EELK_Kaarma_kogudus, lk 24
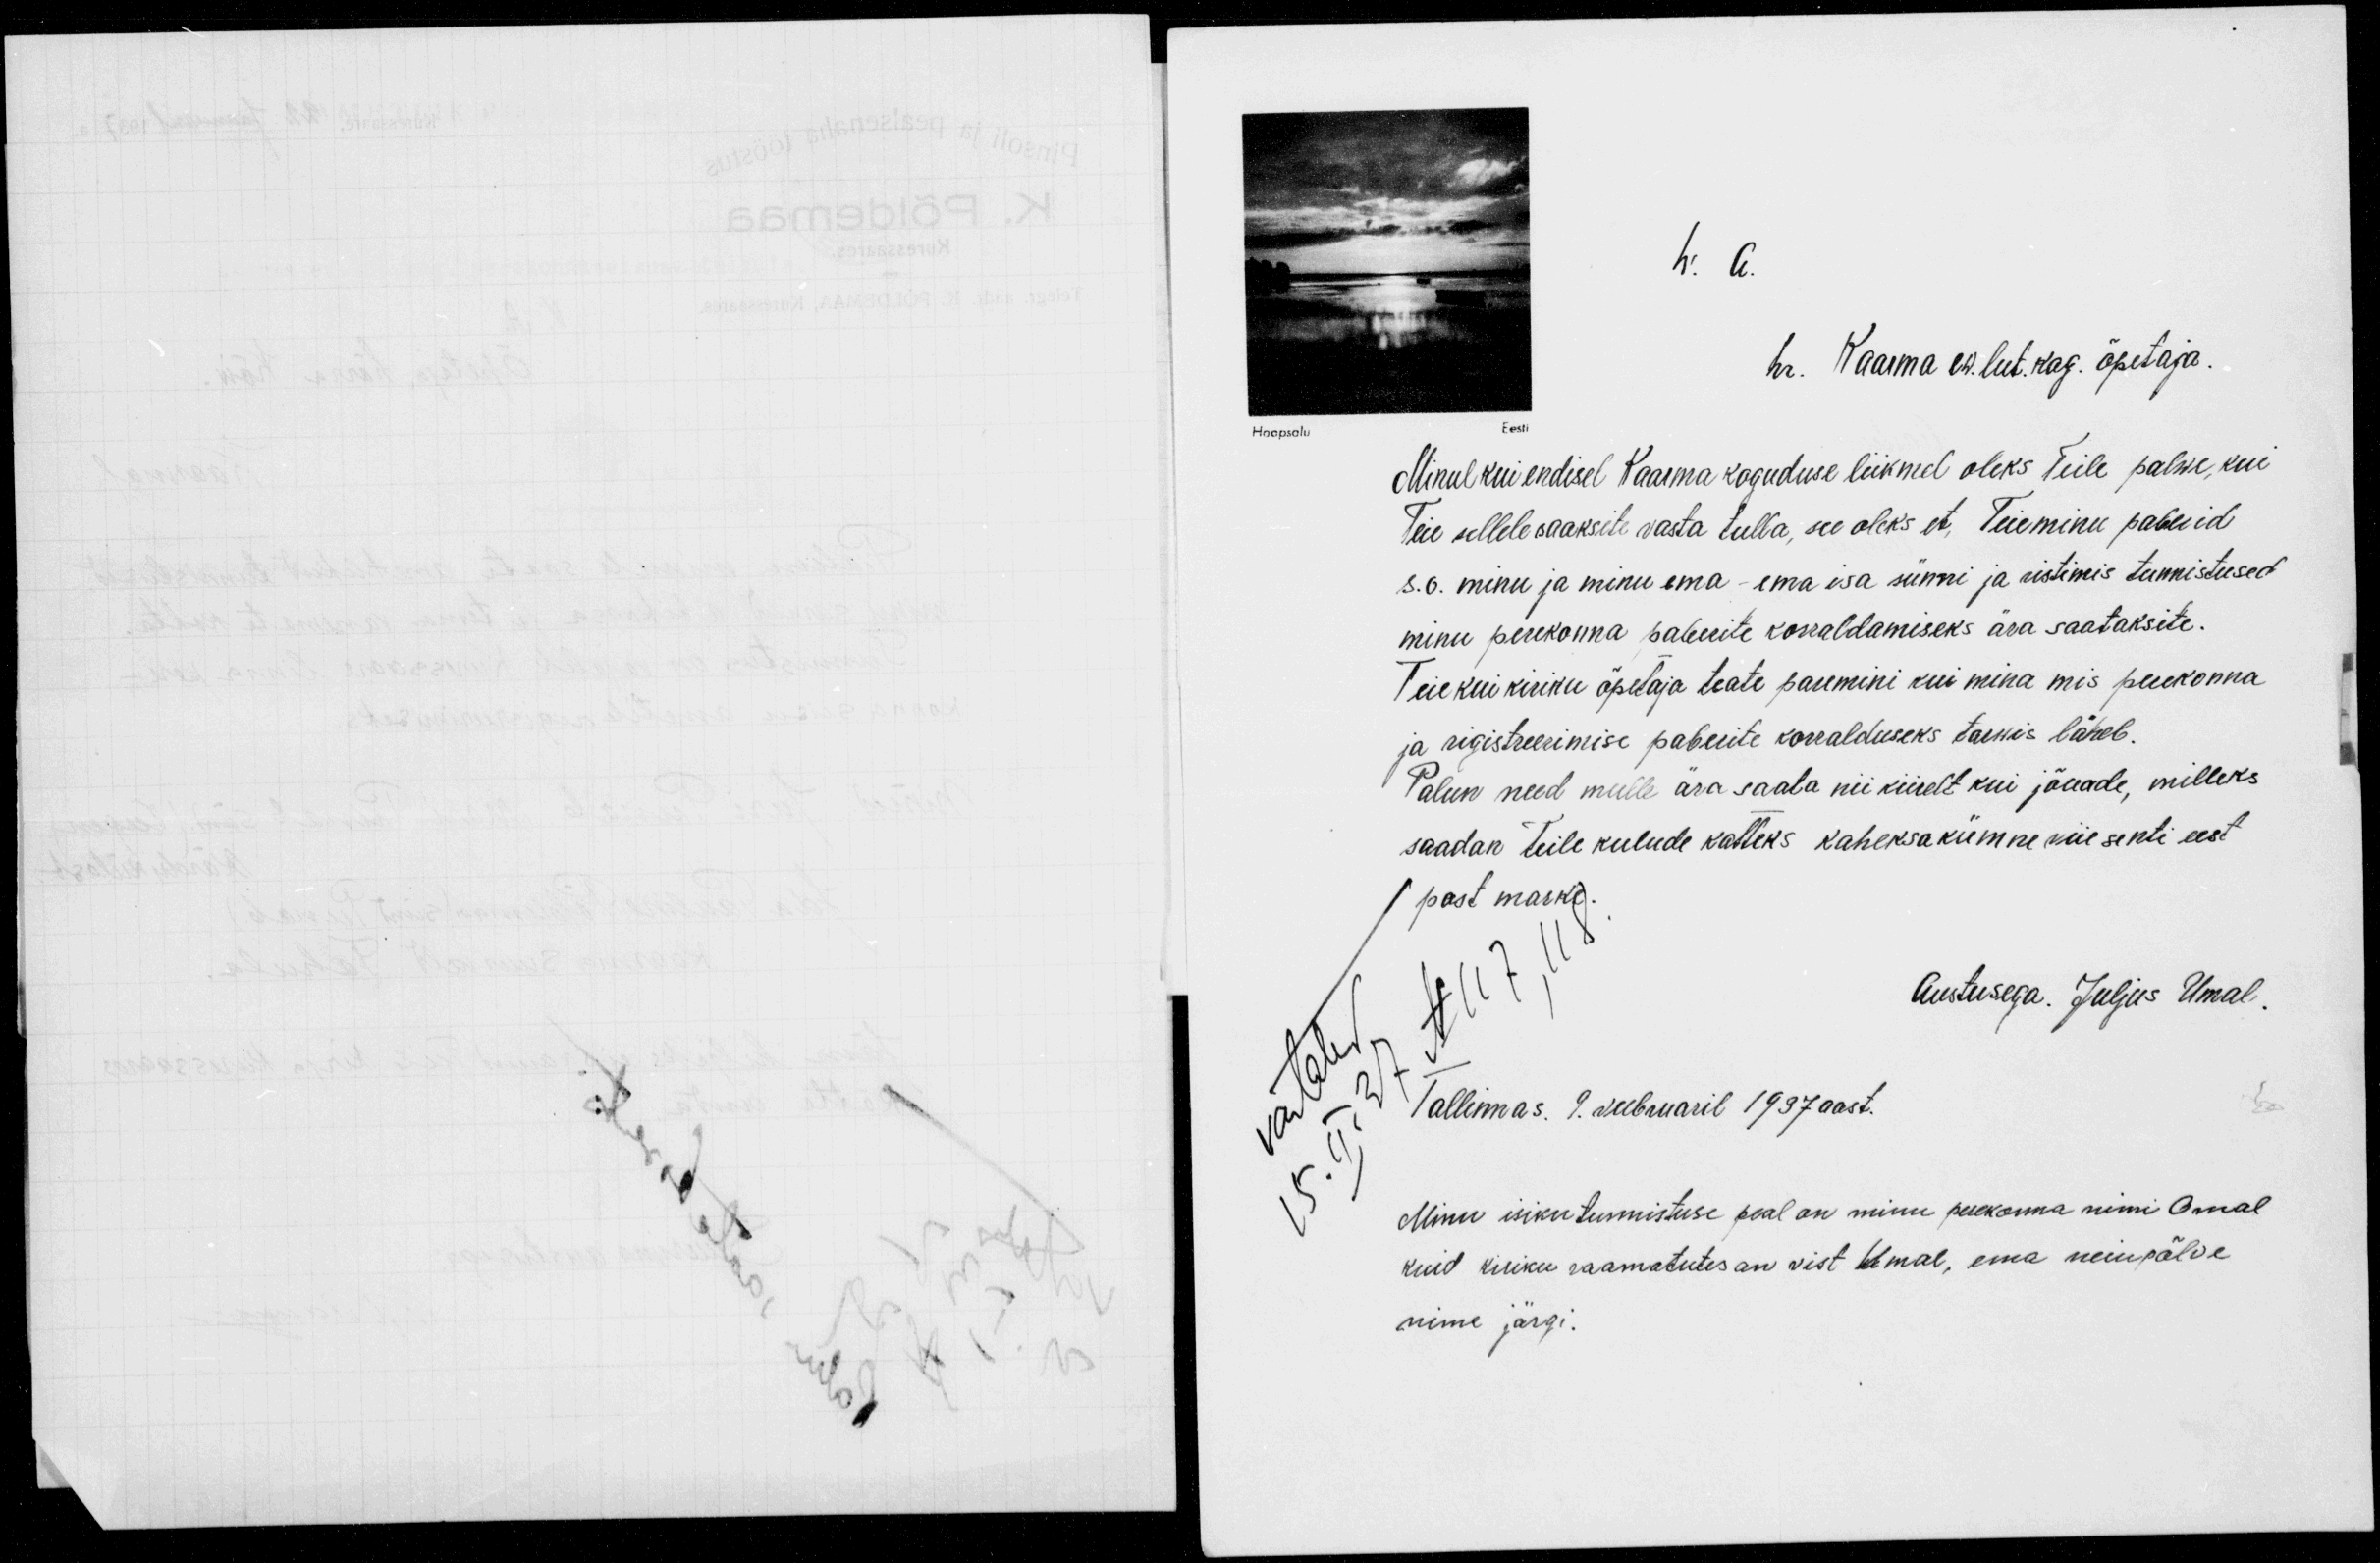
h. A.
hr. Kaarma ew. lut. kog. õpetaja.
Minul kui endisel Kaarma koguduse liikmel oleks Teile palwe, kui
Teie sellele saaksite vasta tulla, see oleks et Teieminu paberid
s. o. minu ja minu ema ema isa sünni ja ristimis tunnistused
minu perekonna paberite korraldamiseks ära saataksite.
Teie kui kiriku õpetaja teate paremini kui mina mis perekonna
ja rigistreerimise paberite korralduseks tarwis läheb.
Palun need mulle ära saata nii kiirelt kui jõuade, milleks
saadan teile kulude katteks kaheksakümne viie senti eest
post marke.
Austusega. Juljus Umal.
vastatud
15. II 37 N 117, 118
Tallinnas. 9. veebruaril 1937 aast.
Minu isikutunnistuse peal on minu perekonna nimi Omal
kuid kiriku raamatutes on vist Umal, ema neiupõlve
nime järgi.